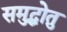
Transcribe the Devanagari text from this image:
समुद्धोतु